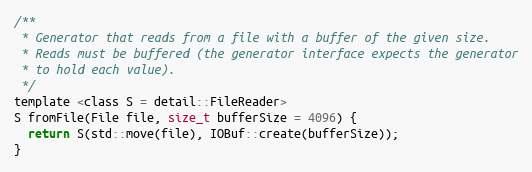
Language: C
/**
 * Generator that reads from a file with a buffer of the given size.
 * Reads must be buffered (the generator interface expects the generator
 * to hold each value).
 */
template <class S = detail::FileReader>
S fromFile(File file, size_t bufferSize = 4096) {
  return S(std::move(file), IOBuf::create(bufferSize));
}